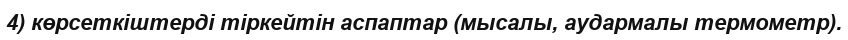
4) көрсеткіштерді тіркейтін аспаптар (мысалы, аудармалы термометр).